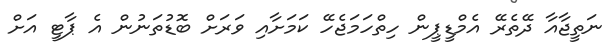
ނަތީޖާއާ ދޭތެރޭ އެމްޑީޕީން ހިތްހަމަޖެހޭ ކަމަށާއި ވަރަށް ބޮޑުތަނުން އެ ޕާޓީ އަށް